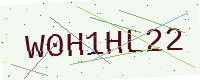
Text: W0H1HL22